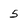
Character: 5